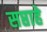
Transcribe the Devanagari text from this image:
सप्ताहे